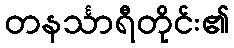
တနင်္သာရီတိုင်း၏